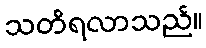
သတိရလာသည်။